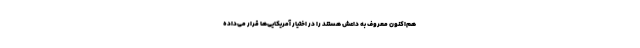
هم‌اکنون معروف به داعش هستند را در اختیار آمریکایی‌ها قرار می‌داده